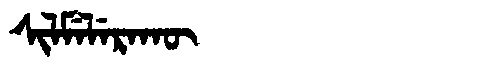
Manchu: ᠰᡳᠯᠮᡝᠯᡝᡵᠠᡴᡡ
Romanization: SILMELERAKŪ